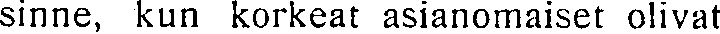
sinne, kun korkeat asianomaiset olivat